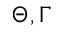
\Theta , \Gamma